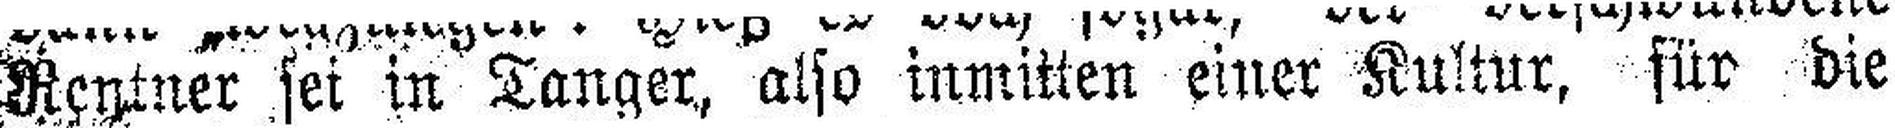
Rentner sei in Tanger, also inmitten einer Kultur, für die